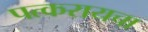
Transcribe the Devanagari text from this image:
पत्करायचा